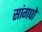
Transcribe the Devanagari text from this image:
सांगपो